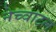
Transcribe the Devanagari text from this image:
नेच्वाटल